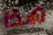
هذا